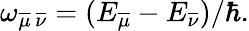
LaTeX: \begin{array}{r}{\omega_{\overline{{\mu}}\, \overline{{\nu}}}=({E_{\overline{{\mu}}}-E_{\overline{{\nu}}}})/{\hbar}.}\end{array}